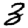
Digit: 3